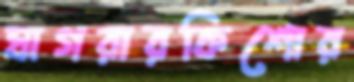
ঘাগরারকিশোর